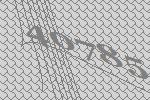
40785